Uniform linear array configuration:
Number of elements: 32
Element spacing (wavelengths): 0.5
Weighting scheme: cosine
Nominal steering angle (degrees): -15
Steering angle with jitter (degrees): -15.24
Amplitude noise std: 0.05
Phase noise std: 0.05

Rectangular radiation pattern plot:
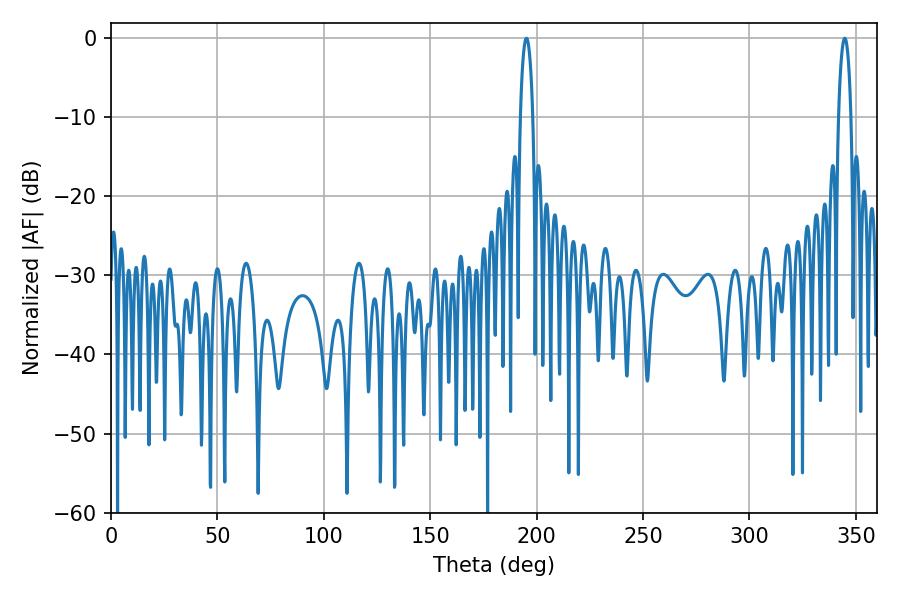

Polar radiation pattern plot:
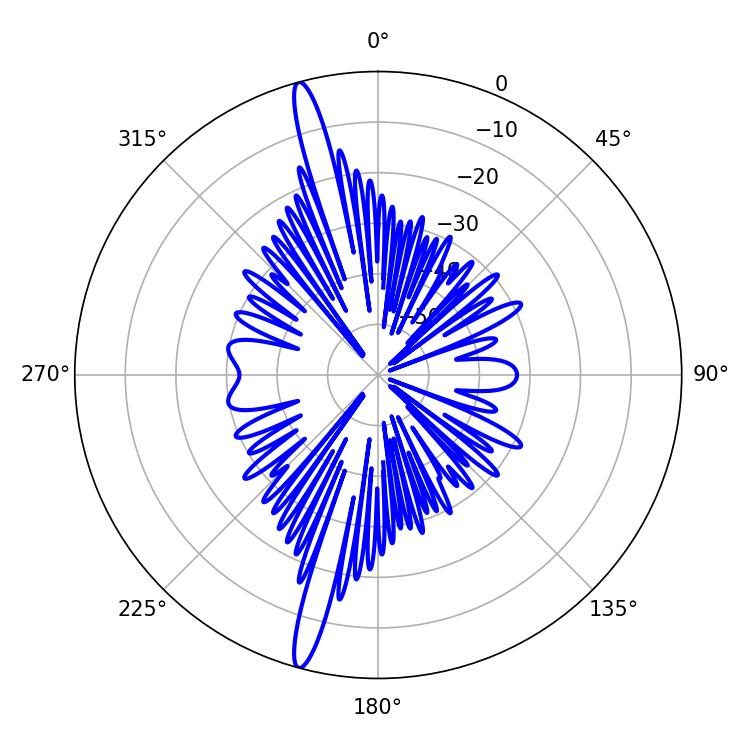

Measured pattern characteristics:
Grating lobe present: FALSE
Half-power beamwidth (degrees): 3.42
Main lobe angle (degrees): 344.7